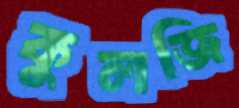
কুলজি